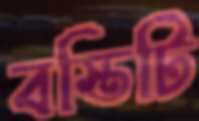
বস্তিটি